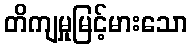
တိကျမှုမြင့်မားသော